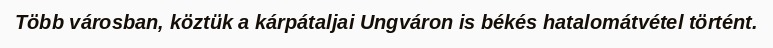
Több városban, köztük a kárpátaljai Ungváron is békés hatalomátvétel történt.